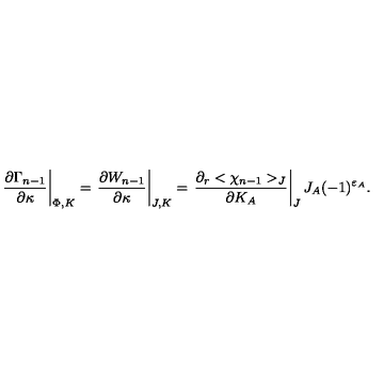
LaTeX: \left. { \frac { \partial \Gamma _ { n - 1 } } { \partial \kappa } } \right| _ { \Phi , K } = \left. { \frac { \partial W _ { n - 1 } } { \partial \kappa } } \right| _ { J , K } = \left. { \frac { \partial _ { r } < \chi _ { n - 1 } > _ { J } } { \partial K _ { A } } } \right| _ { J } J _ { A } ( - 1 ) ^ { \varepsilon _ { A } } .